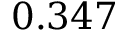
0 . 3 4 7